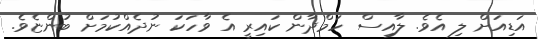
އަޑިއަށް ލި އެވެ. ލާއިސް ހަމްދާން ކައިރީ އެ ވާހަކަ ނުދެއްކުމަށް ބުންޏެވެ.